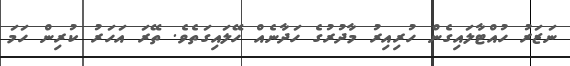
ނަޒަރު ހުއްޓާލައިގެން ހުރިއިރު މާދުރުގެ ހަދާނެއް ހޭލައިގަތެވެ. ތޭރަ އަހަރު ކުރިން ހަމަ